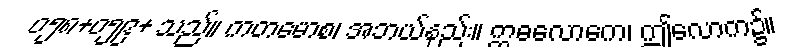
ဝ၅၈+၀၅၉+ သည်။ ကတမောစ၊ အဘယ်နည်း။ ဣဓလောကေ၊ ဤလောက၌။